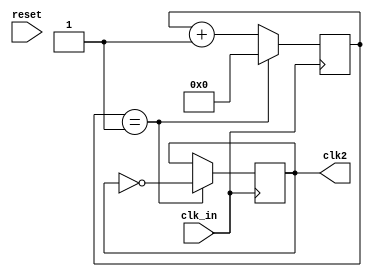
`timescale 1ns / 1ps
//////////////////////////////////////////////////////////////////////////////////
// Company: 
// Engineer: 
// 
// Design Name: 
// Module Name: Divisor_25MHz
// Project Name: 
// Target Devices: 
// Tool Versions: 
// Description: 
// 
// Dependencies: 
// 
// Revision:
// Revision 0.01 - File Created
// Additional Comments:
// 
//////////////////////////////////////////////////////////////////////////////////


module Divisor_25MHz(
   input wire clk_in,reset,     // reloj entrante de 100MHz
   output reg clk2      // nuevo reloj de 25MHz 
   );

   reg [3:0] count;

   // divisor de reloj 50MHz a 5MHz
   always@(posedge clk_in)
       begin
           if(count==4'd1)      // cuenta 2 ciclos (0-1) de reloj    
               begin
                   count<=0;      // reinicia cuenta a 0
                   clk2 <= ~clk2; // transiciona clk2 a alto o bajo
               end
           else
               begin
                   count<=count+1;  //  aumenta contador
               end
       end     


endmodule